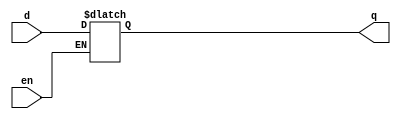
module D_latch(
input d,
input en,
output reg q);

	always @(en, d) begin
		if (en) q = d; // 
		else q = q; // 
	end

endmodule